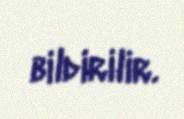
bildirilir.